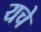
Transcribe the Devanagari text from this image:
यचे